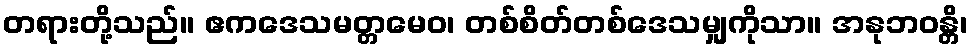
တရားတို့သည်။ ဧကဒေသမတ္တမေဝ၊ တစ်စိတ်တစ်ဒေသမျှကိုသာ။ အနုဘဝန္တိ၊